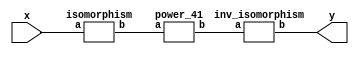
`timescale 1ns/100ps
module SMSS32_41_np_9_3(x,y);
	 input [5:0] x;
	 output [5:0] y;
	 wire [5:0] w;
	 wire [5:0] p;
	 isomorphism C2 (x,w);
	 power_41 C3 (w,p);
	 inv_isomorphism C4 (p,y);
endmodule

module add_base(a,b,c);
	 input [2:0] a;
	 input [2:0] b;
	 output [2:0] c;
	 assign c[0]=a[0]^b[0];
	 assign c[1]=a[1]^b[1];
	 assign c[2]=a[2]^b[2];
endmodule

module multiplication_base(a,b,c);
	 input [2:0] a;
	 input [2:0] b;
	 output [2:0] c;
	 assign c[0]=(a[0]&b[0])^(a[1]&b[2])^(a[2]&b[1])^(a[2]&b[2]);
	 assign c[1]=(a[0]&b[1])^(a[1]&b[0])^(a[2]&b[2]);
	 assign c[2]=(a[2]&b[0])^(a[1]&b[1])^(a[0]&b[2])^(a[1]&b[2])^(a[2]&b[1])^(a[2]&b[2]);
endmodule

module square_base(a,b);
	 input [2:0] a;
	 output[2:0] b;
	 assign b[0]=a[0]^a[2];
	 assign b[1]=a[2];
	 assign b[2]=a[1]^a[2];
endmodule

module four_base(a,b);
	 input [2:0] a;
	 output[2:0] b;
	 assign b[0]=a[0]^a[1];
	 assign b[1]=a[1]^a[2];
	 assign b[2]=a[1];
endmodule

module power_41(a,b);
	 input [5:0] a;
	 output [5:0] b;
	 wire [2:0] x_0;
	 wire [2:0] x_1;
	 wire [2:0] x_2;
	 wire [2:0] x_3;
	 wire [2:0] x_4;
	 wire [2:0] x_5;
	 wire [2:0] x_6;
	 wire [2:0] x_7;
	 wire [2:0] y_0;
	 wire [2:0] y_1;
	 assign x_0[0]=a[0];
	 assign x_0[1]=a[1];
	 assign x_0[2]=a[2];
	 assign x_1[0]=a[3];
	 assign x_1[1]=a[4];
	 assign x_1[2]=a[5];
	 four_base  A1 (x_0,x_2);
	 four_base A2 (x_1,x_3);
	 add_base A3 (x_0,x_1,x_4);
	 square_base  A4 (x_4,x_5);
	 multiplication_base A5 (x_0,x_1,x_6);
	 add_base A6 (x_5,x_6,x_7);
	 multiplication_base A7 (x_2,x_7,y_0);
	 multiplication_base A8 (x_3,x_7,y_1);
	 assign b[0]=y_1[0];
	 assign b[1]=y_1[1];
	 assign b[2]=y_1[2];
	 assign b[3]=y_0[0];
	 assign b[4]=y_0[1];
	 assign b[5]=y_0[2];
endmodule

module inv_isomorphism(a,b);
	 input [5:0] a;
	 output [5:0] b;
	 assign b[0]=a[1]^a[2]^a[4];
	 assign b[1]=a[1]^a[2]^a[3]^a[5];
	 assign b[2]=a[0]^a[5];
	 assign b[3]=a[4];
	 assign b[4]=a[2];
	 assign b[5]=a[0]^a[2]^a[4];
endmodule

module isomorphism(a,b);
	 input [5:0] a;
	 output [5:0] b;
	 assign b[0]=a[0]^a[2]^a[5];
	 assign b[1]=a[4];
	 assign b[2]=a[1]^a[2];
	 assign b[3]=a[0]^a[4]^a[5];
	 assign b[4]=a[1]^a[2]^a[4]^a[5];
	 assign b[5]=a[2]^a[3]^a[4]^a[5];
endmodule